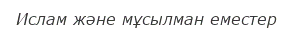
Ислам және мұсылман еместер